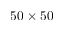
5 0 \times 5 0